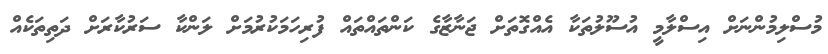
މުސްލިމުންނަށް އިސްލާމީ އުސޫލުތަކާ އެއްގޮތަށް ޖަނާޒާގެ ކަންތައްތައް ފުރިހަމަކުރުމަށް ލަންކާ ސަރުކާރަށް ދަތިތަކެއް